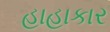
હાહાકાર